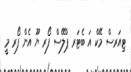
ޓިއަރސް މޭކް އަ ބެޓަރ ޕްލޭސް ފޯރ ޔޫ އެން ފޯރ މީ